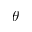
\theta